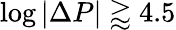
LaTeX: \log|\Delta P|\gtrapprox 4.5